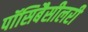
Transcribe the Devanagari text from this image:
पॉसिबैसीलरी